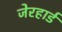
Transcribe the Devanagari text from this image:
जेरहार्ड